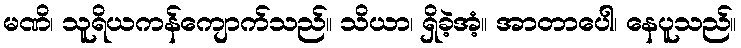
မဏိ၊ သူရိယကန်ကျောက်သည်။ သိယာ၊ ရှိခဲ့အံ့။ အာတာပေါ၊ နေပူသည်။